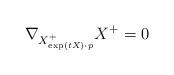
LaTeX: \begin{align*}\nabla_{X^+_{\exp(tX)\cdot p}}X^+=0\end{align*}